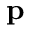
\mathbf { p }